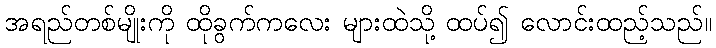
အရည်တစ်မျိုးကို ထိုခွက်ကလေး များထဲသို့ ထပ်၍ လောင်းထည့်သည်။